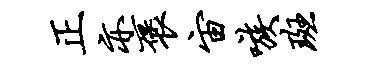
正亦褒宙嗾斑